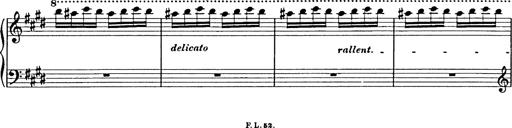
Title: 8 Variations
Composer: Franz Liszt
Key: A-flat major